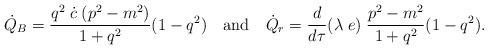
LaTeX: \begin{align*}\dot Q_{B} = \frac{q^2\;\dot c\; (p^2 - m^2)}{1 + q^2} (1 - q^2)\quad \mbox{and} \quad\dot Q_{r} = \frac{d}{d\tau}(\lambda\;e)\;\frac{p^2-m^2}{1+q^2} (1-q^2).\end{align*}